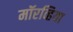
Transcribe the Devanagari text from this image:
मॉरव्हिया